Preliminary report on a parasite found in persons suffering from enlargement of the spleen in India - Number 8
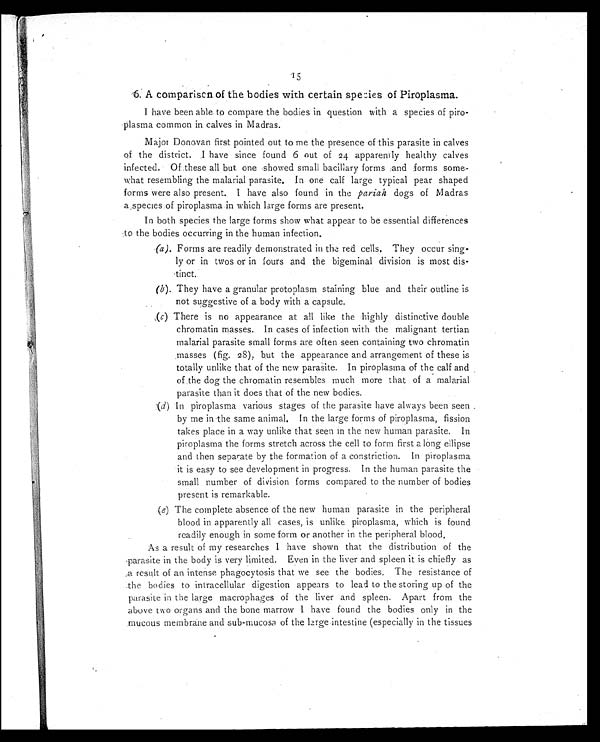
15
6. A comparison of the bodies with certain species of Piroplasma.
I have been able to compare the bodies in question with a species of piro-
plasma common in calves in Madras.
Major Donovan first pointed out to me the presence of this parasite in calves
of t he di st ri ct . I have si nce found 6 out of 2 4
a p p a r e n t l y h e a l t h y c a l v e s
infected. Of these all but one showed small bacillary forms and forms some-
what resembling the malarial parasite. In one calf large typical pear shaped
forms were also present. I have also found in the pariah dogs of Madras
a species of piroplasma in which large forms are present.
In both species the large forms show what appear to be essential differences
to the bodies occurring in the human infection.
(a ). Forms are readily demonstrated in the red cells. They occur sing
-ly or in twos or in fours and the bigeminal division is most dis-
- t i n c t .
(b). They have a granular protoplasm staining blue and their outline is
not suggestive of a body with a capsule.
( c ) There is no appearance at all like the highly distinctive double
chromatin masses. In cases of infection with the malignant tertian
malarial parasite small forms are often seen containing two chromatin
masses (fig. 28), but the appearance and arrangement of these is
totally unlike that of the new parasite. In piroplasma of the calf and
of the dog the chromatin resembles much more that of a malarial
parasite than it does that of the new bodies.
(d ) In piroplasma various stages of the parasite have always been seen
by me in the same animal. In the large forms of piroplasma, fission
takes place in a way unlike that seen in the new human parasite. In
piroplasma the forms stretch across the cell to form first a long ellipse
and then separate by the formation of a constriction. In piroplasma
it is easy to see development in progress. In the human parasite the
small number of division forms compared to the number of bodies
present is remarkable.
( e) The complete absence of the new human parasite in the peripheral
blood in apparently all cases, is unlike piroplasma, which is found
readily enough in some form or another in the peripheral blood.
As a result of my researches I have shown that the distribution of the
parasite in the body is very limited. Even in the liver and spleen it is chiefly as
a result of an intense phagocytosis that we see the bodies. The resistance of
the bodies to intracellular digestion appears to lead to the storing up of the
parasite in the large macrophages of the liver and spleen. Apart from the
above two organs and the bone marrow I have found the bodies only in the
mucous membrane and sub-mucosa of the large intestine (especially in the tissues